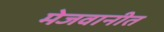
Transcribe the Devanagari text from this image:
मेजवानीत